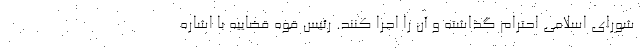
شورای اسلامی احترام گذاشته و آن را اجرا کنند. رئیس قوه قضاییه با اشاره